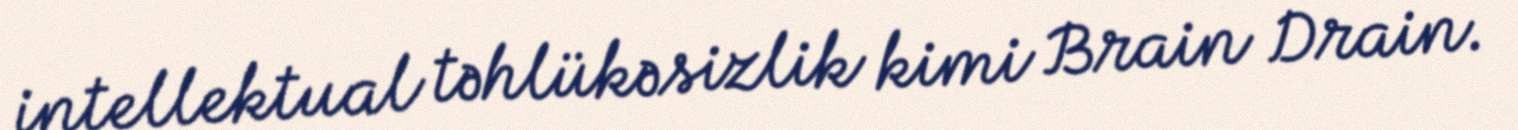
intellektual təhlükəsizlik kimi Brain Drain.